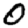
Digit: 0